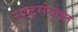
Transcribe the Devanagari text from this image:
राष्ट्रसंयुक्त